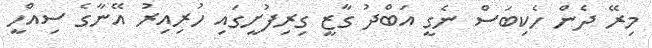
މިރޭ ދެން ހެކިބަސް ނެގީ އަބްދު ގާޒީ ގިރިފުށީގައި ހުރިއިރު އޭނާގެ ސިއްހީ